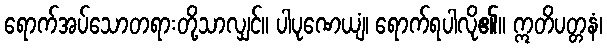
ရောက်အပ်သောတရားတို့သာလျှင်။ ပါပုဏေယျံ၊ ရောက်ရပါလို၏။ ဣတိပတ္တနံ၊